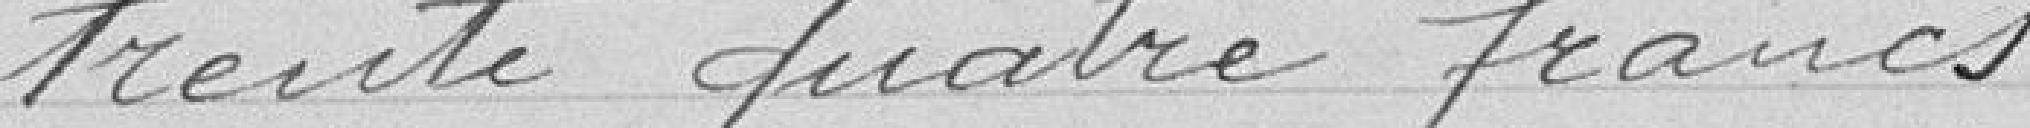
trente quatre francs.